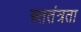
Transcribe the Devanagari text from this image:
स्ततंत्रता